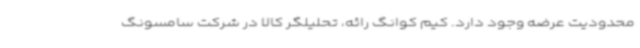
محدودیت عرضه وجود دارد. کیم کوانگ رائه، تحلیلگر کالا در شرکت سامسونگ